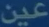
عين